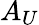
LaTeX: A_{U}